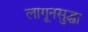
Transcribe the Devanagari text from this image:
लागूनसुद्धा